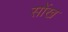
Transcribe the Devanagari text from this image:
सोंख